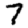
Digit: 7